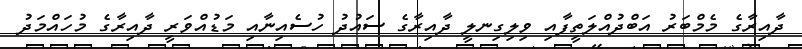
ދާއިރާގެ މެމްބަރު އަބްދުއްލަތީފާއި ވިލިގިނލީ ދާއިރާގެ ސައުދު ހުސެއިނާއި މަޑުއްވަރީ ދާއިރާގެ މުހައްމަދު